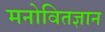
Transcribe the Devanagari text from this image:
मनोवितज्ञान